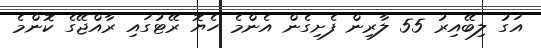
އަގު ލިބޭއިރު 55 ލާރިން ފެށިގެން އެންމެ ހެޔޮ ރޭޓުގައި ރާއްޖޭގެ ކޮންމެ